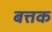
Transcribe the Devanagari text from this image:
बत्तक